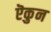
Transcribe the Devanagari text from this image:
ऎकुन